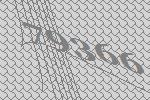
79366